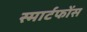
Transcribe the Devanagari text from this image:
स्मार्टफोंस